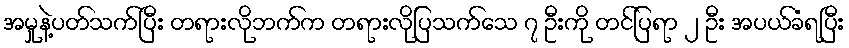
အမှုနဲ့ပတ်သက်ပြီး တရားလိုဘက်က တရားလိုပြသက်သေ ၇ ဦးကို တင်ပြရာ ၂ ဦး အပယ်ခံရပြီး